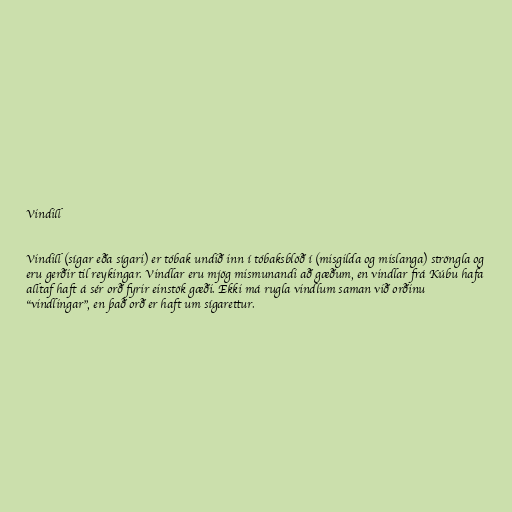
Vindill

Vindill (sígar eða sígari) er tóbak undið inn í tóbaksblöð í (misgilda og mislanga) ströngla og
eru gerðir til reykingar. Vindlar eru mjög mismunandi að gæðum, en vindlar frá Kúbu hafa
alltaf haft á sér orð fyrir einstök gæði. Ekki má rugla vindlum saman við orðinu
"vindlingar", en það orð er haft um sígarettur.